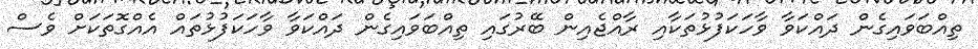
ތިއްބަވައިގެން ދައްކަވާ ވާހަކަފުޅުތަކާއި ރާއްޖެއިން ބޭރުގައި ތިއްބަވައިގެން ދައްކަވާ ވާހަކަފުޅުތައް އެއްގޮތަކަށް ވެސް